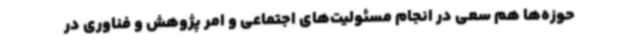
حوزه‌ها هم سعی در انجام مسئولیت‌های اجتماعی و امر پژوهش و فناوری در